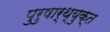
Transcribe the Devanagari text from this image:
पुरुषार्थ्युक्त